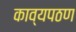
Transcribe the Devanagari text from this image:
काव्यपठण